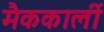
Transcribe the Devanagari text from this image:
मैककार्ली